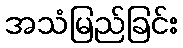
အသံမြည်ခြင်း